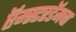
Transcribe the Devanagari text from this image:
ऍम्स्टरडॅमचा